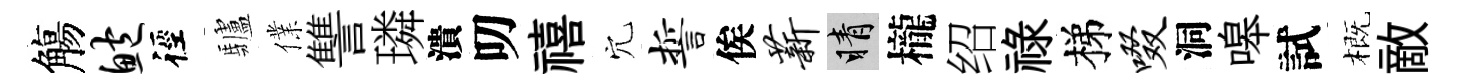
觴鲍徑驢㒒讐璘潰叨禧穴誓俟薪睛櫳绍祿梯啜洞嗥試概敵